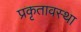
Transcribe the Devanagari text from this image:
प्रकृतावस्था